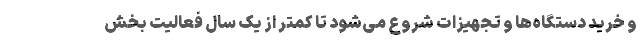
و خرید دستگاه‌ها و تجهیزات شروع می‌شود تا کمتر از یک سال فعالیت بخش